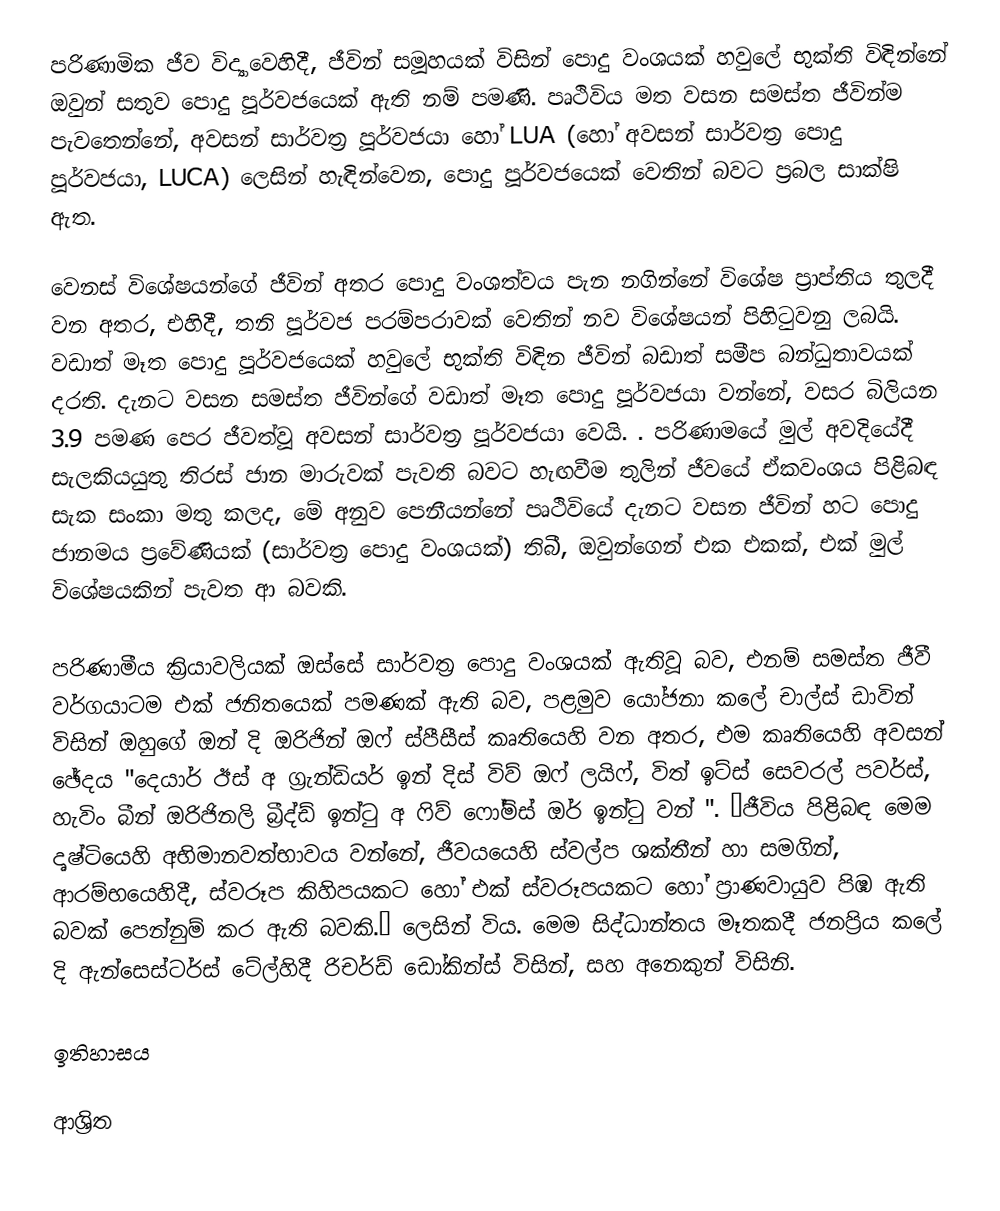
පරිණාමික ජීව විද්‍යාවෙහිදී, ජීවින් සමූහයක්  විසින් පොදු වංශයක් හවුලේ භුක්ති විඳින්නේ ඔවුන් සතුව පොදු පූර්වජයෙක් ඇති නම් පමණි. පෘථිවිය මත වසන සමස්ත ජීවින්ම පැවතෙන්නේ,  අවසන් සාර්වත්‍ර පූර්වජයා හෝ  LUA (හෝ අවසන් සාර්වත්‍ර පොදු පූර්වජයා, LUCA) ලෙසින් හැඳින්වෙන, පොදු පූර්වජයෙක් වෙතින් බවට  ප්‍රබල සාක්ෂි ඇත.

වෙනස් විශේෂයන්ගේ ජීවින් අතර පොදු වංශත්වය පැන නගින්නේ විශේෂ ප්‍රාප්තිය තුලදී වන අතර, එහිදී,  තනි පූර්වජ පරම්පරාවක් වෙතින් නව විශේෂයන් පිහිටුවනු ලබයි. වඩාත් මෑත පොදු පූර්වජයෙක් හවුලේ භුක්ති විඳින ජීවින් බඩාත් සමීප  බන්ධුතාවයක් දරති. දැනට වසන සමස්ත ජීවින්ගේ වඩාත් මෑත පොදු පූර්වජයා වන්නේ,  වසර බිලියන 3.9 පමණ පෙර ජීවත්වූ අවසන් සාර්වත්‍ර පූර්වජයා වෙයි. . පරිණාමයේ මුල් අවදියේදී සැලකියයුතු තිරස් ජාන මාරුවක් පැවති බවට හැඟවීම තුලින් ජීවයේ ඒකවංශය පිළිබඳ සැක සංකා මතු කලද, මේ අනුව  පෙනීයන්නේ පෘථිවියේ දැනට වසන ජීවින් හට පොදු ජානමය ප්‍රවේණියක් (සාර්වත්‍ර පොදු වංශයක්) තිබී, ඔවුන්ගෙන්  එක එකක්,  එක් මුල් විශේෂයකින් පැවත ආ බවකි.

පරිණාමීය ක්‍රියාවලියක්  ඔස්සේ සාර්වත්‍ර පොදු වංශයක් ඇතිවූ බව, එනම් සමස්ත ජීවී වර්ගයාටම එක් ජනිතයෙක් පමණක් ඇති බව, පළමුව යෝජනා කලේ  චාල්ස් ඩාවින් විසින් ඔහුගේ ඔන් දි ඔරිජින් ඔෆ් ස්පීසීස් කෘතියෙහි වන අතර, එම කෘතියෙහි අවසන් ඡේදය "දෙයාර් ඊස් අ ග්‍රැන්ඩියර් ඉන් දිස් විව් ඔෆ් ලයිෆ්, විත් ඉට්ස් සෙවරල් පවර්ස්, හැවිං බීන් ඔරිජිනලි  බ්‍රීද්ඩ් ඉන්ටු අ ෆිව් ෆෝම්ස් ඔර් ඉන්ටු වන් ". “ජීවිය පිළිබඳ මෙම දෘෂ්ටියෙහි අභිමානවත්භාවය වන්නේ, ජීවයයෙහි ස්වල්ප ශක්තීන් හා සමගින්, ආරම්භයෙහිදී,   ස්වරූප කිහිපයකට හෝ එක් ස්වරූපයකට හෝ ප්‍රාණවායුව පිඹ ඇති බවක් පෙන්නුම් කර ඇති බවකි.”   ලෙසින් විය. මෙම සිද්ධාන්තය මෑතකදී ජනප්‍රිය කලේ දි ඇන්සෙස්ටර්ස් ටේල්හිදී රිචර්ඩ් ඩෝකින්ස් විසින්, සහ අනෙකුන් විසිනි.

ඉතිහාසය

ආශ්‍රිත